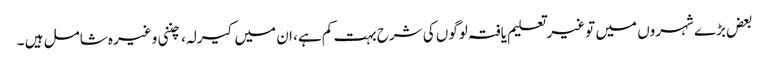
بعض بڑے شہروں میں تو غیر تعلیم یافتہ لوگوں کی شرح بہت کم ہے، ان میں کیرلہ، چننی وغیرہ شامل ہیں ۔